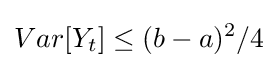
Var[Y_{t}]\leq (b-a)^{2}/4